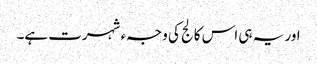
اور یہ ہی اس کالج کی وجہء شہرت ہے۔